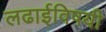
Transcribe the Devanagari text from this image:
लढाईविषयी